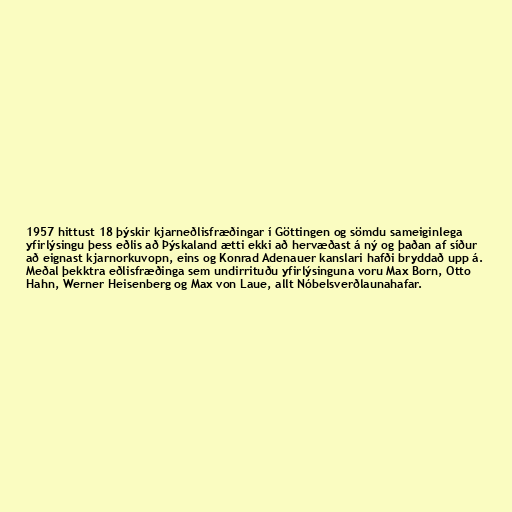
1957 hittust 18 þýskir kjarneðlisfræðingar í Göttingen og sömdu sameiginlega
yfirlýsingu þess eðlis að Þýskaland ætti ekki að hervæðast á ný og þaðan af síður
að eignast kjarnorkuvopn, eins og Konrad Adenauer kanslari hafði bryddað upp á.
Meðal þekktra eðlisfræðinga sem undirrituðu yfirlýsinguna voru Max Born, Otto
Hahn, Werner Heisenberg og Max von Laue, allt Nóbelsverðlaunahafar.